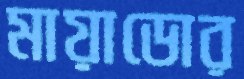
মায়াডোর